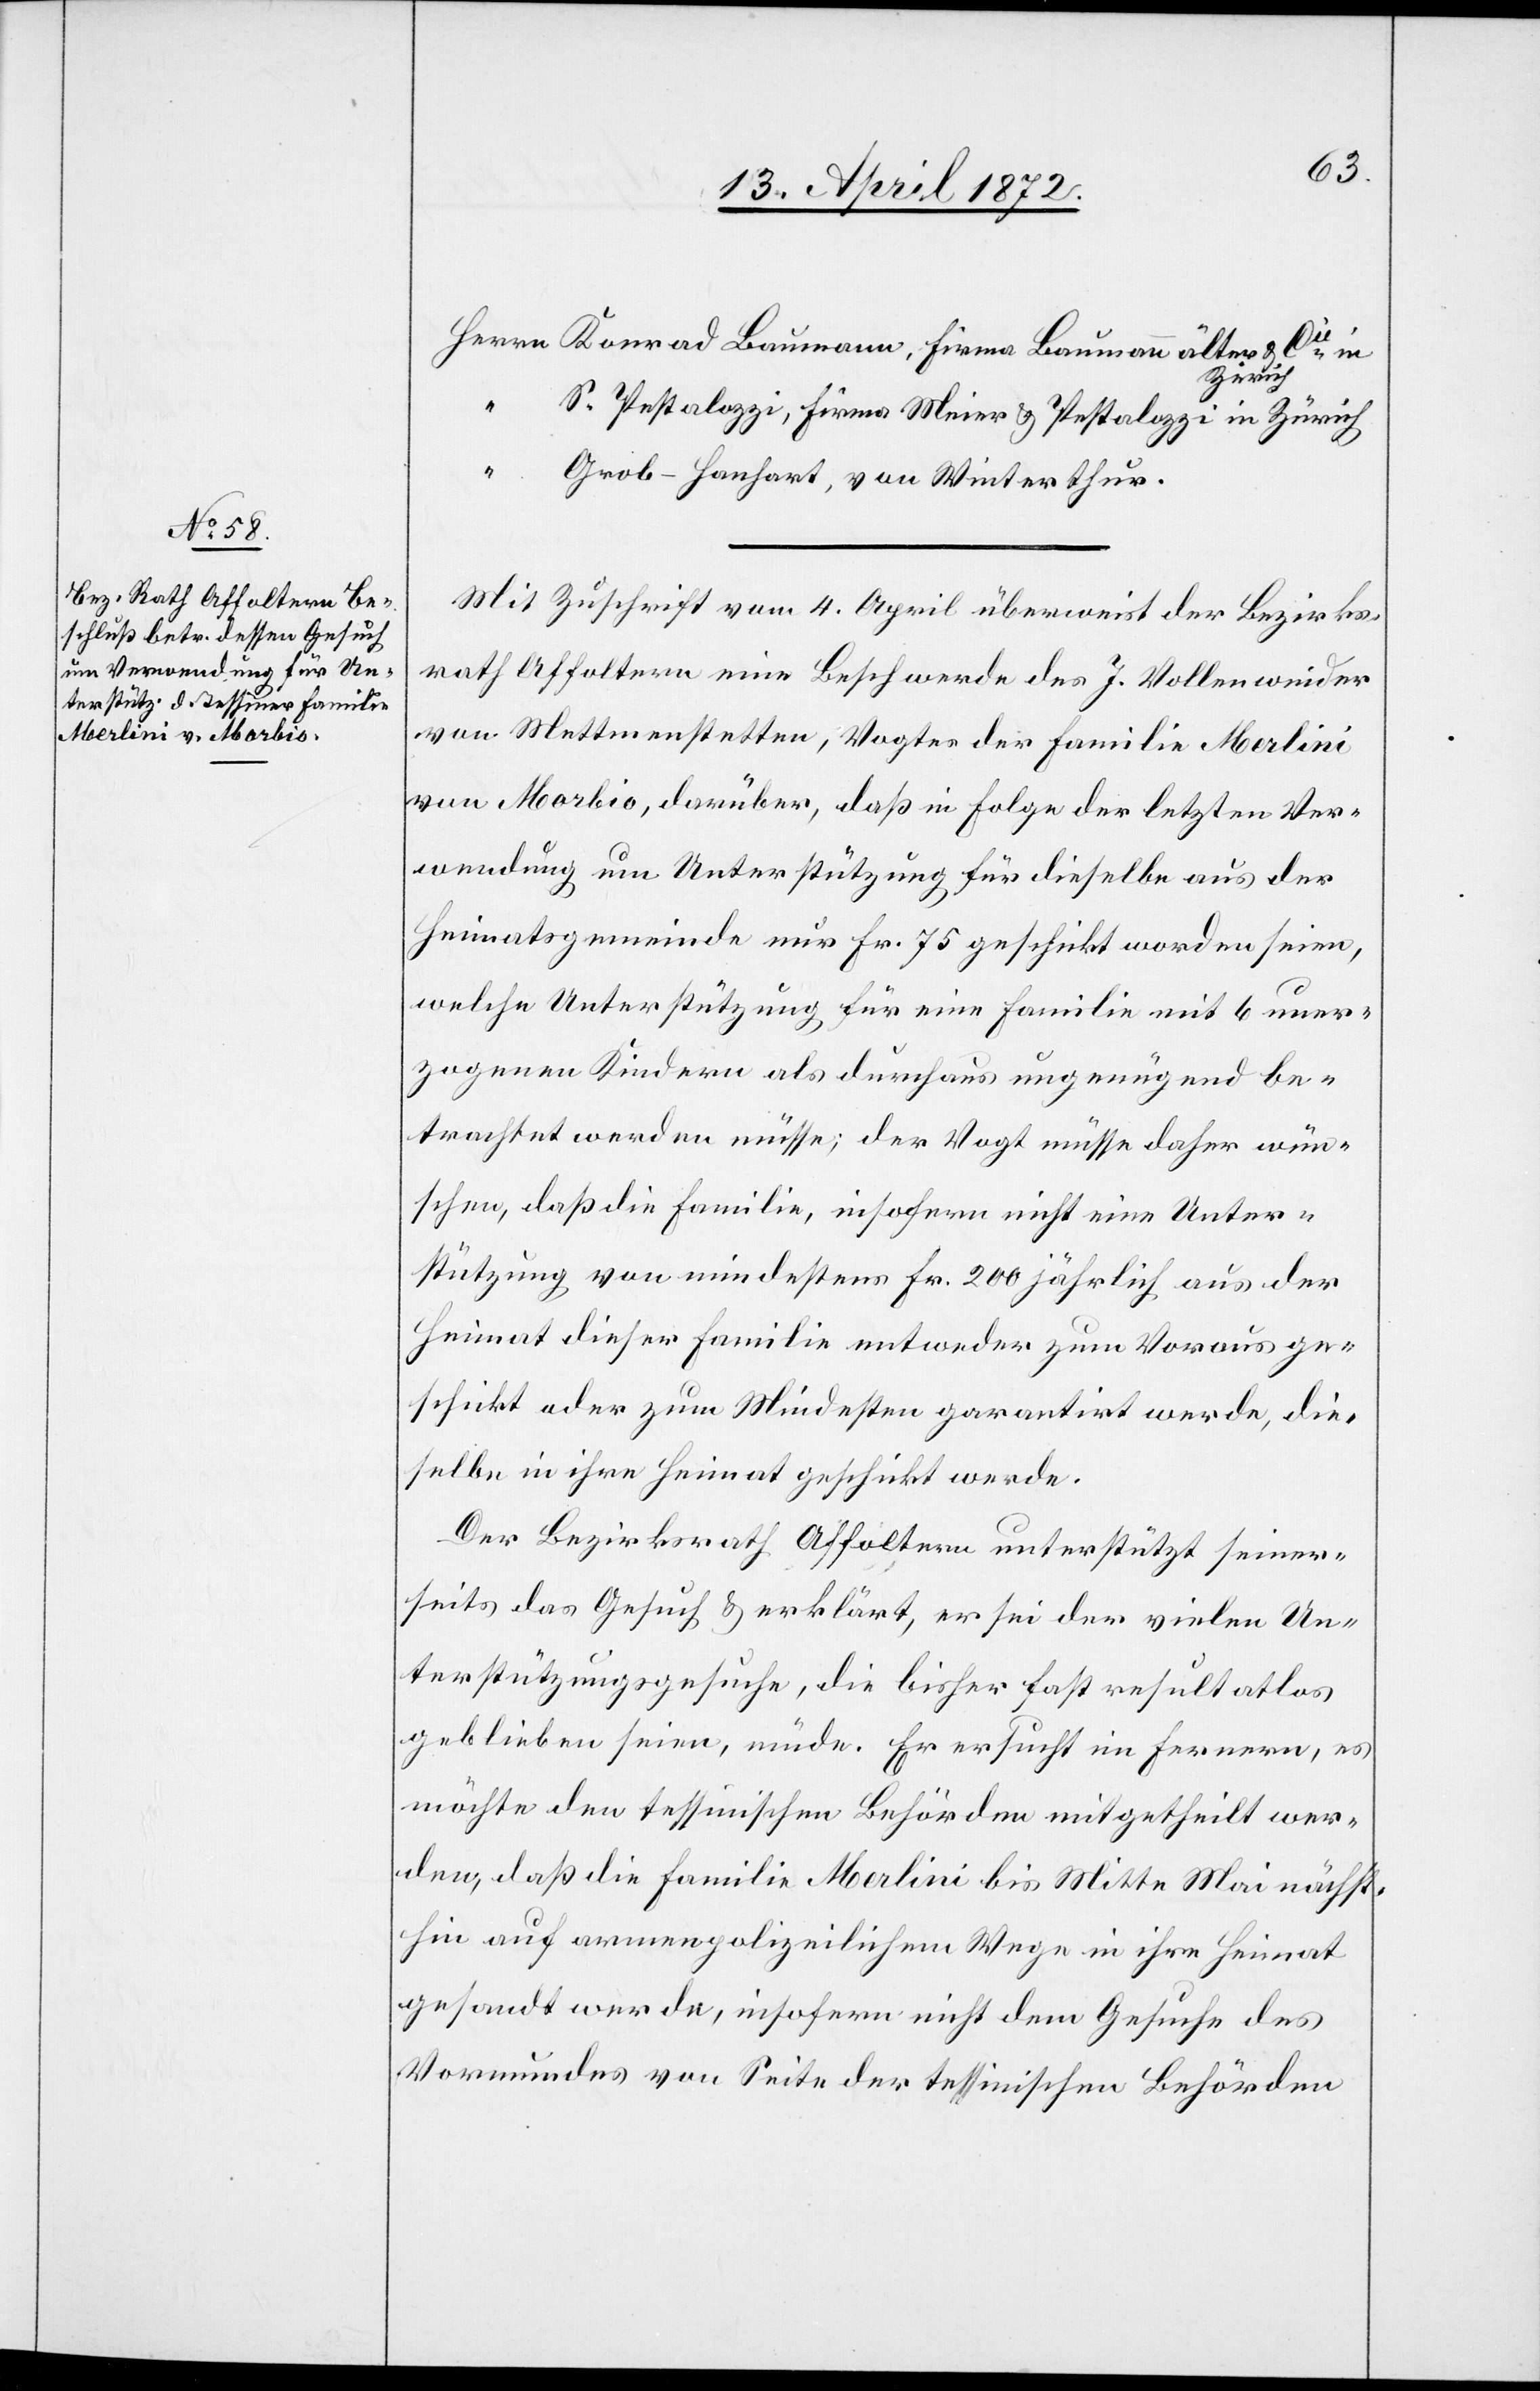
u.
Zürich.
S. Pestalozzi, Firma Meier u. Pestalozzi in Zürich.
“
Grob-Hanhart, von Winterthur.
Mit Zuschrift vom 4. April überweist der Bezirks¬
rath Affoltern eine Beschwerde des J. Vollenweider
von Mettmenstetten, Vogtes der Familie Merlini
von Morbio, darüber, daß in Folge der letzten Ver¬
wendung um Unterstützung für dieselbe aus der
Heimatsgemeinde nur Fr. 75 geschickt worden seien,
welche Unterstützung für eine Familie mit 6 uner¬
zogenen Kindern als durchaus ungenügend be¬
trachtet werden müsse; der Vogt müsse daher wün¬
schen, daß die Familie, insofern nicht eine Unter¬
stützung von mindestens Fr. 200 jährlich aus der
Heimat dieser Familie entweder zum Voraus ge¬
schickt oder zum Mindesten gerantirt werde, die¬
selbe in ihre Heimat geschickt werde.
Der Bezirksrath Affoltern unterstützt seiner¬
seits das Gesuch u. erklärt, er sei der vielen Un¬
terstützungsgesuche, die bisher fast resultatlos
geblieben seien, müde. Er ersucht im Fernern, es
möchte den tessinischen Behörden mitgetheilt wer¬
den, daß die Familie Merlini bis Mitte Mai nächst¬
hin auf armenpolizeilichem Wege in ihre Heimat
gesandt werde, insofern nicht dem Gesuch des
Vormundes von Seite der tessinischen Behörden